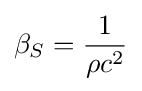
\beta _{S}={\frac {1}{\rho c^{2}}}